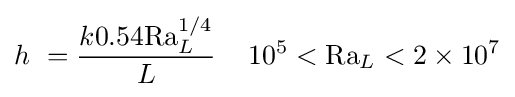
h\ ={\frac {k0.54\mathrm {Ra} _{L}^{1/4}}{L}}\,\quad 10^{5}<\mathrm {Ra} _{L}<2\times 10^{7}